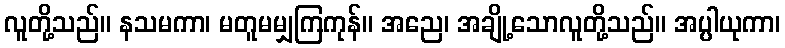
လူတို့သည်။ နသမကာ၊ မတူမမျှကြကုန်။ အညေ၊ အချို့သောလူတို့သည်။ အပ္ပါယုကာ၊